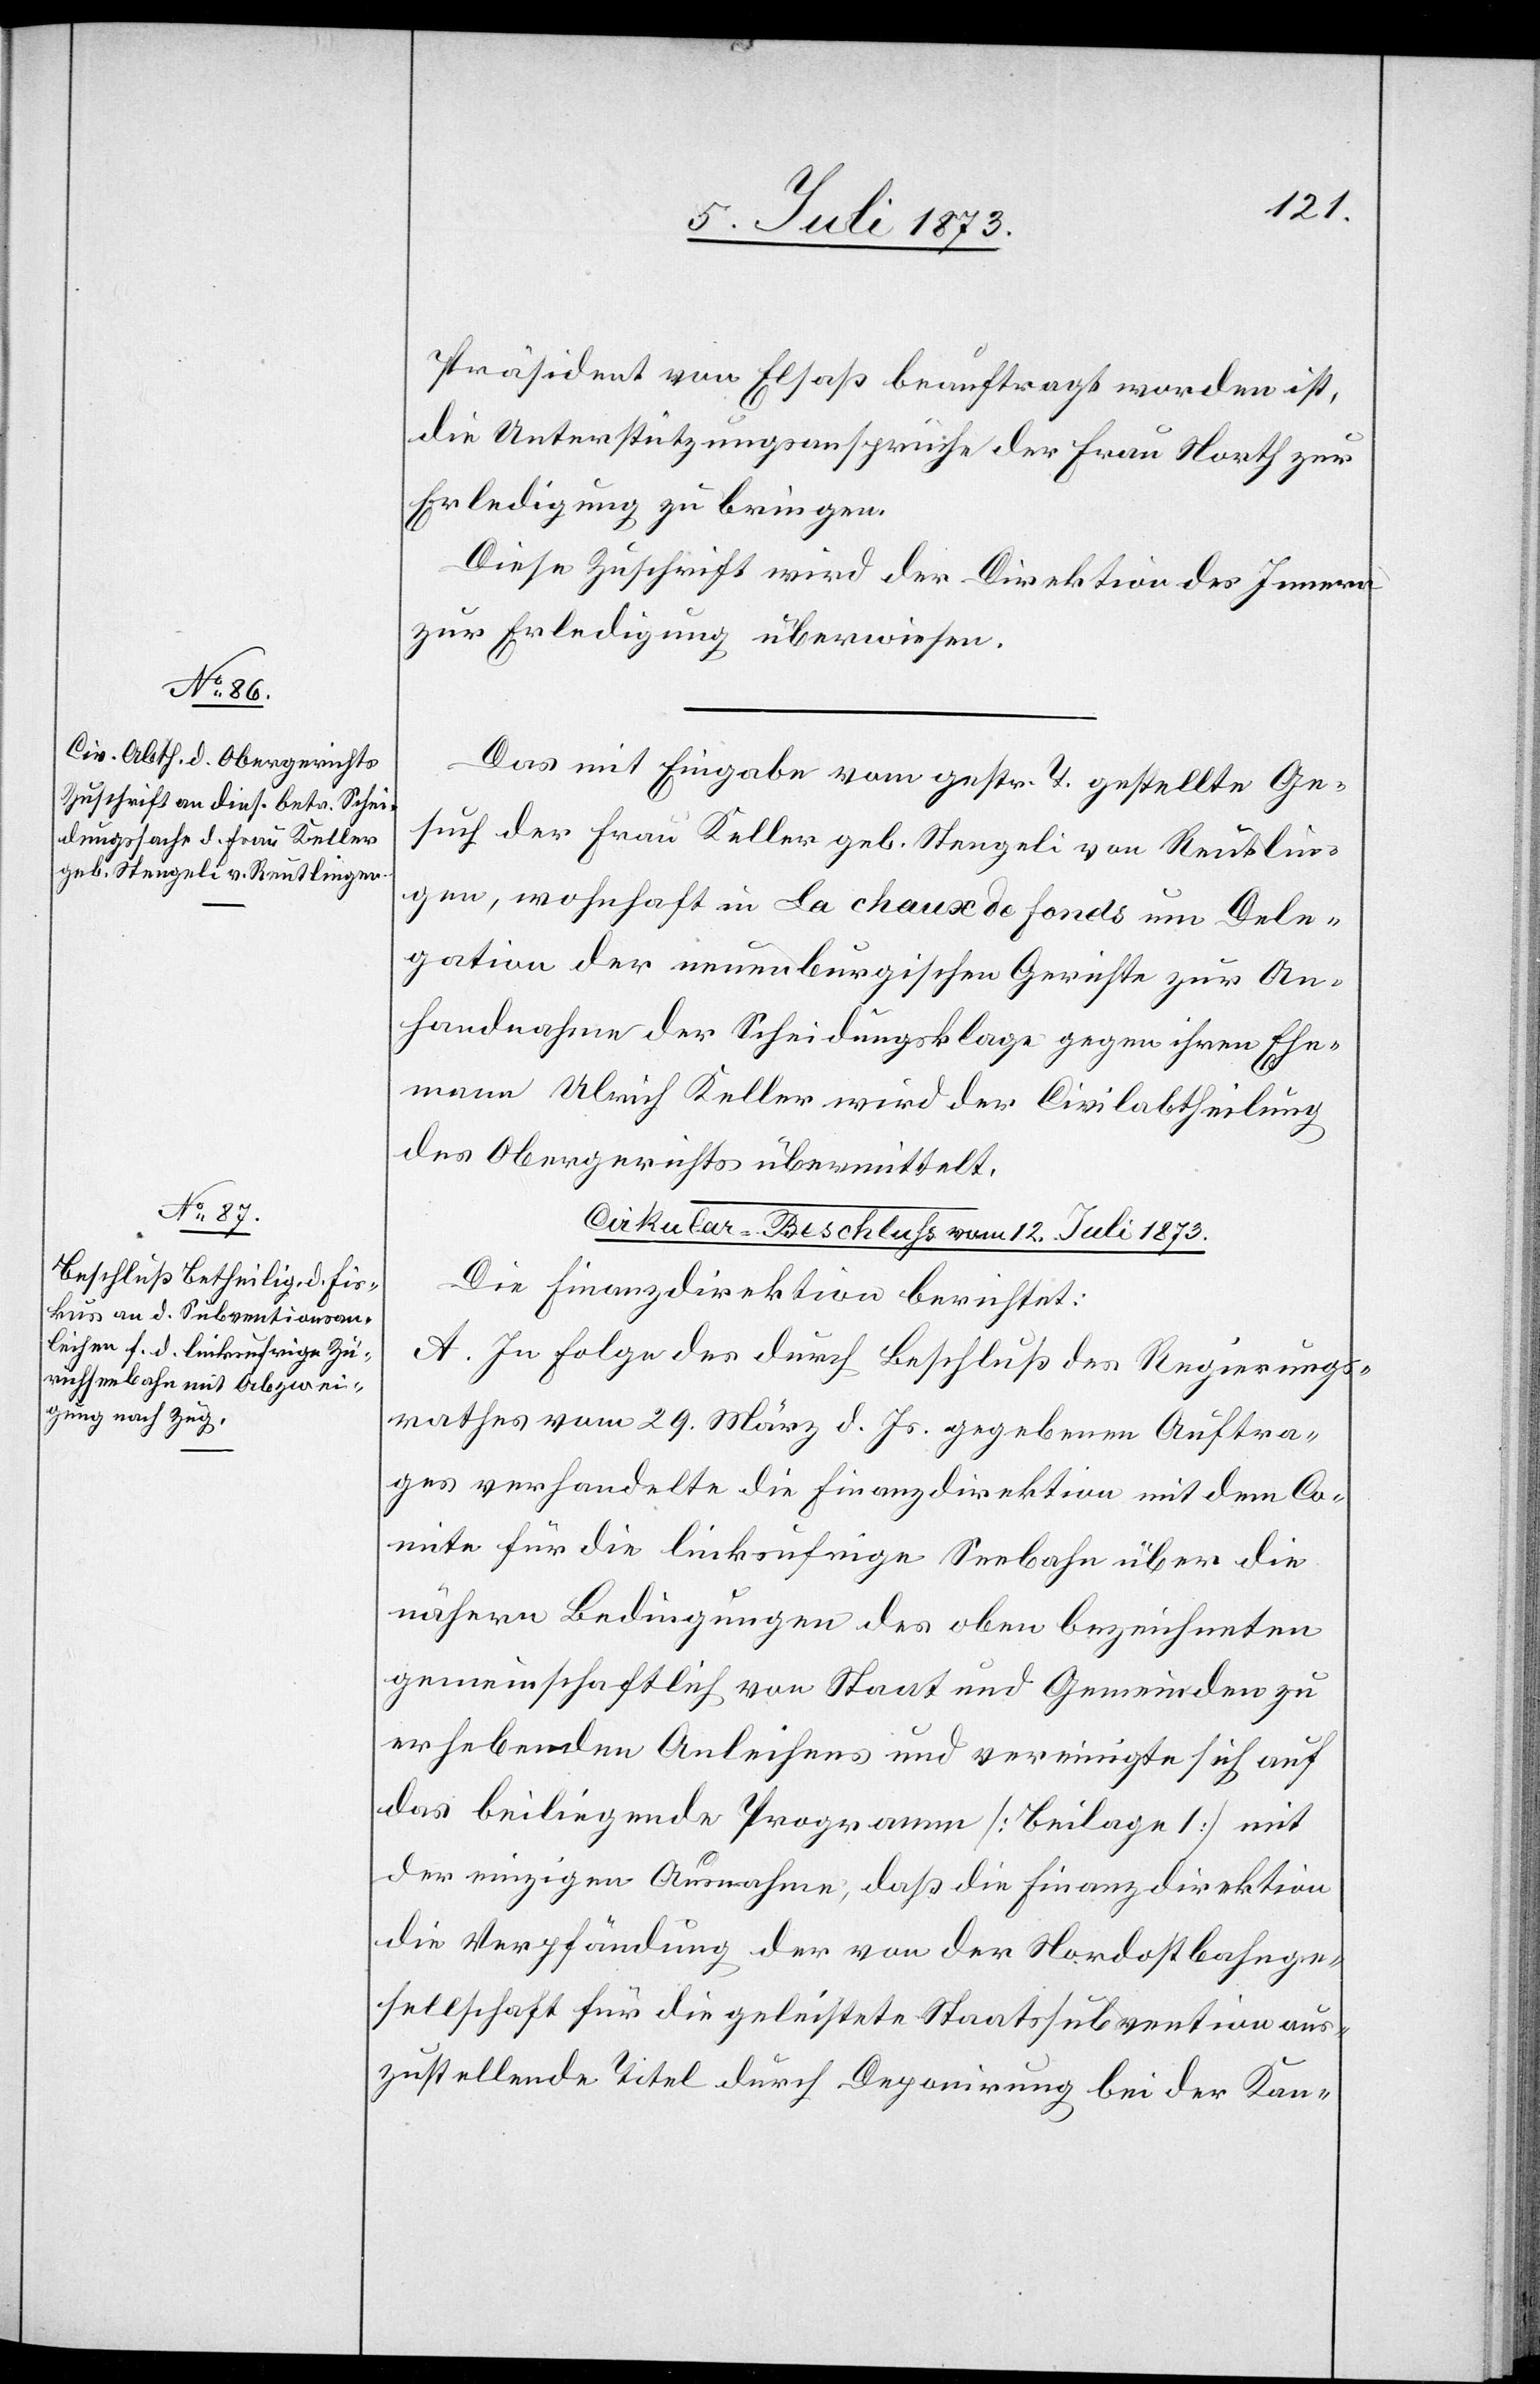
12. Juli 1873.]
Präsident von Elsaß beauftragt worden ist,
die Unterstützungsansprüche der Frau North zur
Erledigung zu bringen.
Diese Zuschrift wird der Direktion des Innern
zur Erledigung überwiesen.
Das mit Eingabe vom gestr. T. gestellte Ge¬
such der Frau Keller geb. Stengeli von Reutlin¬
gen, wohnhaft in La chaux de Fonds um Dele¬
gation der neuenburgischen Gerichte zur An¬
handnahme der Scheidungsklage gegen ihren Ehe¬
mann Ulrich Keller wird der Civilabtheilung
des Obergerichts übermittelt.